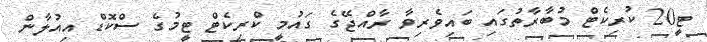
ޓީ20 ކުރިކެޓް މުބާރާތުގައި ބައިވެރިވާ ރާއްޖޭގެ ގައުމީ ކްރިކެޓް ޓީމުގެ ސްކޮޑް އިއުލާން